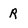
Character: R